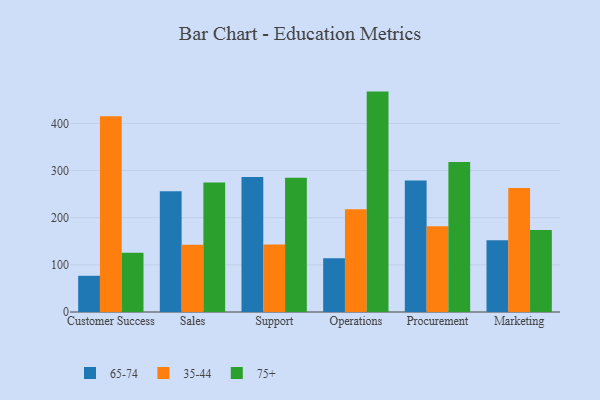
{"axis": {"x": "Department", "y": "Population (Million)"}, "legend": ["35-44", "65-74", "75+"], "data": [{"x": "Customer Success", "y": 76.8, "type": "65-74"}, {"x": "Customer Success", "y": 415.0, "type": "35-44"}, {"x": "Customer Success", "y": 125.9, "type": "75+"}, {"x": "Sales", "y": 256.3, "type": "65-74"}, {"x": "Sales", "y": 142.4, "type": "35-44"}, {"x": "Sales", "y": 274.7, "type": "75+"}, {"x": "Support", "y": 286.6, "type": "65-74"}, {"x": "Support", "y": 143.3, "type": "35-44"}, {"x": "Support", "y": 284.7, "type": "75+"}, {"x": "Operations", "y": 114.0, "type": "65-74"}, {"x": "Operations", "y": 218.2, "type": "35-44"}, {"x": "Operations", "y": 467.5, "type": "75+"}, {"x": "Procurement", "y": 278.8, "type": "65-74"}, {"x": "Procurement", "y": 181.9, "type": "35-44"}, {"x": "Procurement", "y": 318.0, "type": "75+"}, {"x": "Marketing", "y": 152.4, "type": "65-74"}, {"x": "Marketing", "y": 263.0, "type": "35-44"}, {"x": "Marketing", "y": 173.9, "type": "75+"}]}